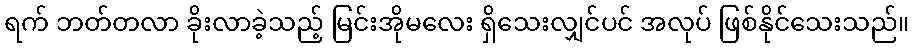
ရက် ဘတ်တလာ ခိုးလာခဲ့သည့် မြင်းအိုမလေး ရှိသေးလျှင်ပင် အလုပ် ဖြစ်နိုင်သေးသည်။